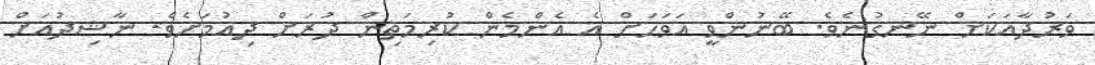
ވަރުދާއަކަށް ނޭނގުނެވެ. ބޭނުންވީ އަވަހަށް އެ އެންމެން ކުރިމަތިން ދުރަށް ދިއުމަށެވެ. ނާޝިދުއަށް